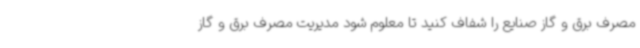
مصرف برق و گاز صنایع را شفاف کنید تا معلوم شود مدیریت مصرف برق و گاز